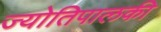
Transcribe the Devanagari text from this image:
ज्योतिपालकी